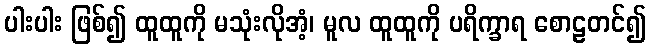
ပါးပါး ဖြစ်၍ ထူထူကို မသုံးလိုအံ့၊ မူလ ထူထူကို ပရိက္ခာရ စောဠတင်၍